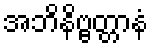
အဘိနိဗ္ဗတ္တာနံ